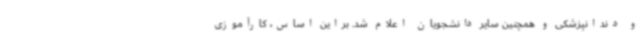
و دندانپزشکی و همچنین سایر دانشجویان اعلام شد. براین اساس، کارآموزی